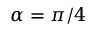
\alpha = \pi / 4